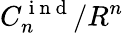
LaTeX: C_{n}^{\mathrm{~i~n~d~}}/R^{n}